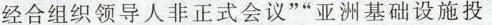
经合组织领导人非正式会议””亚洲基础设施